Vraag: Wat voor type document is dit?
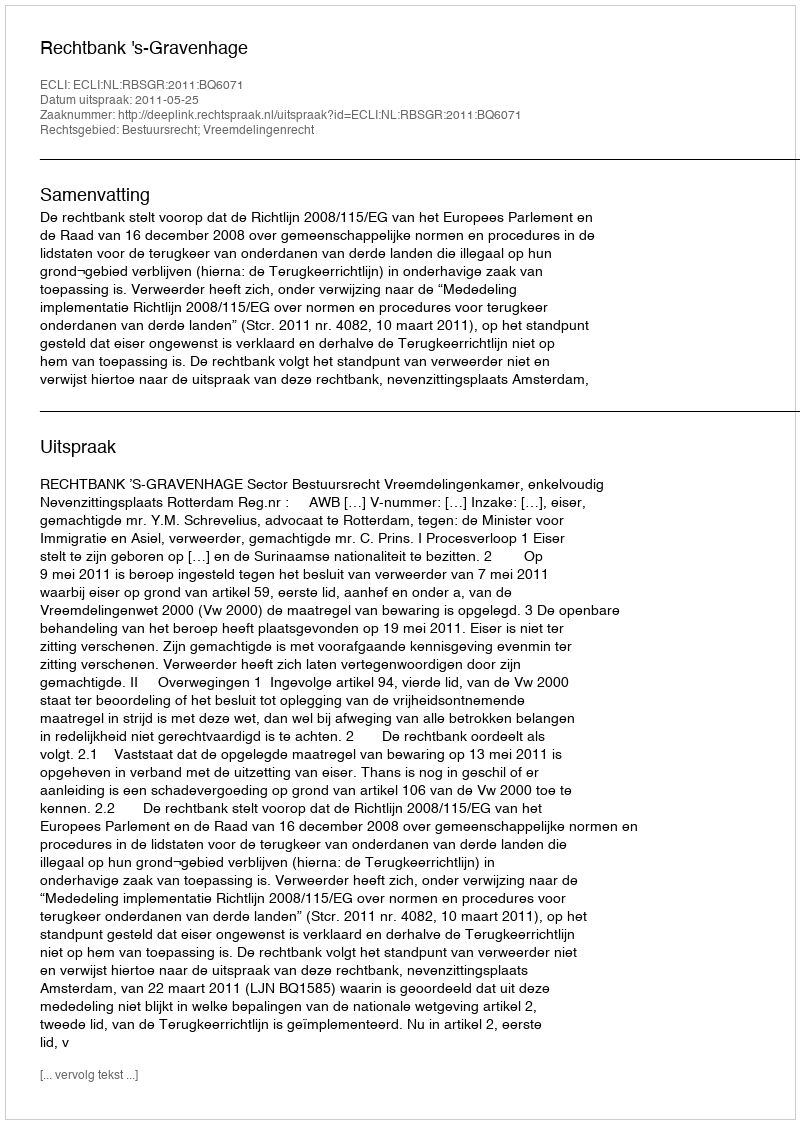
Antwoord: Uitspraak